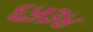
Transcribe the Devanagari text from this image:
६५३४